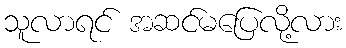
သူလာရင် အဆင်မပြေလို့လား